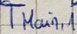
Text: TMain,1